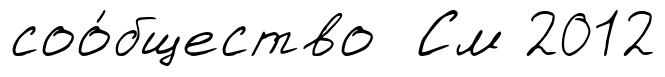
соо́бщество См 2012